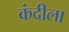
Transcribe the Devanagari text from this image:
कंदीला